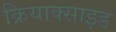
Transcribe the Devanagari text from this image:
क्रियाक्साइड